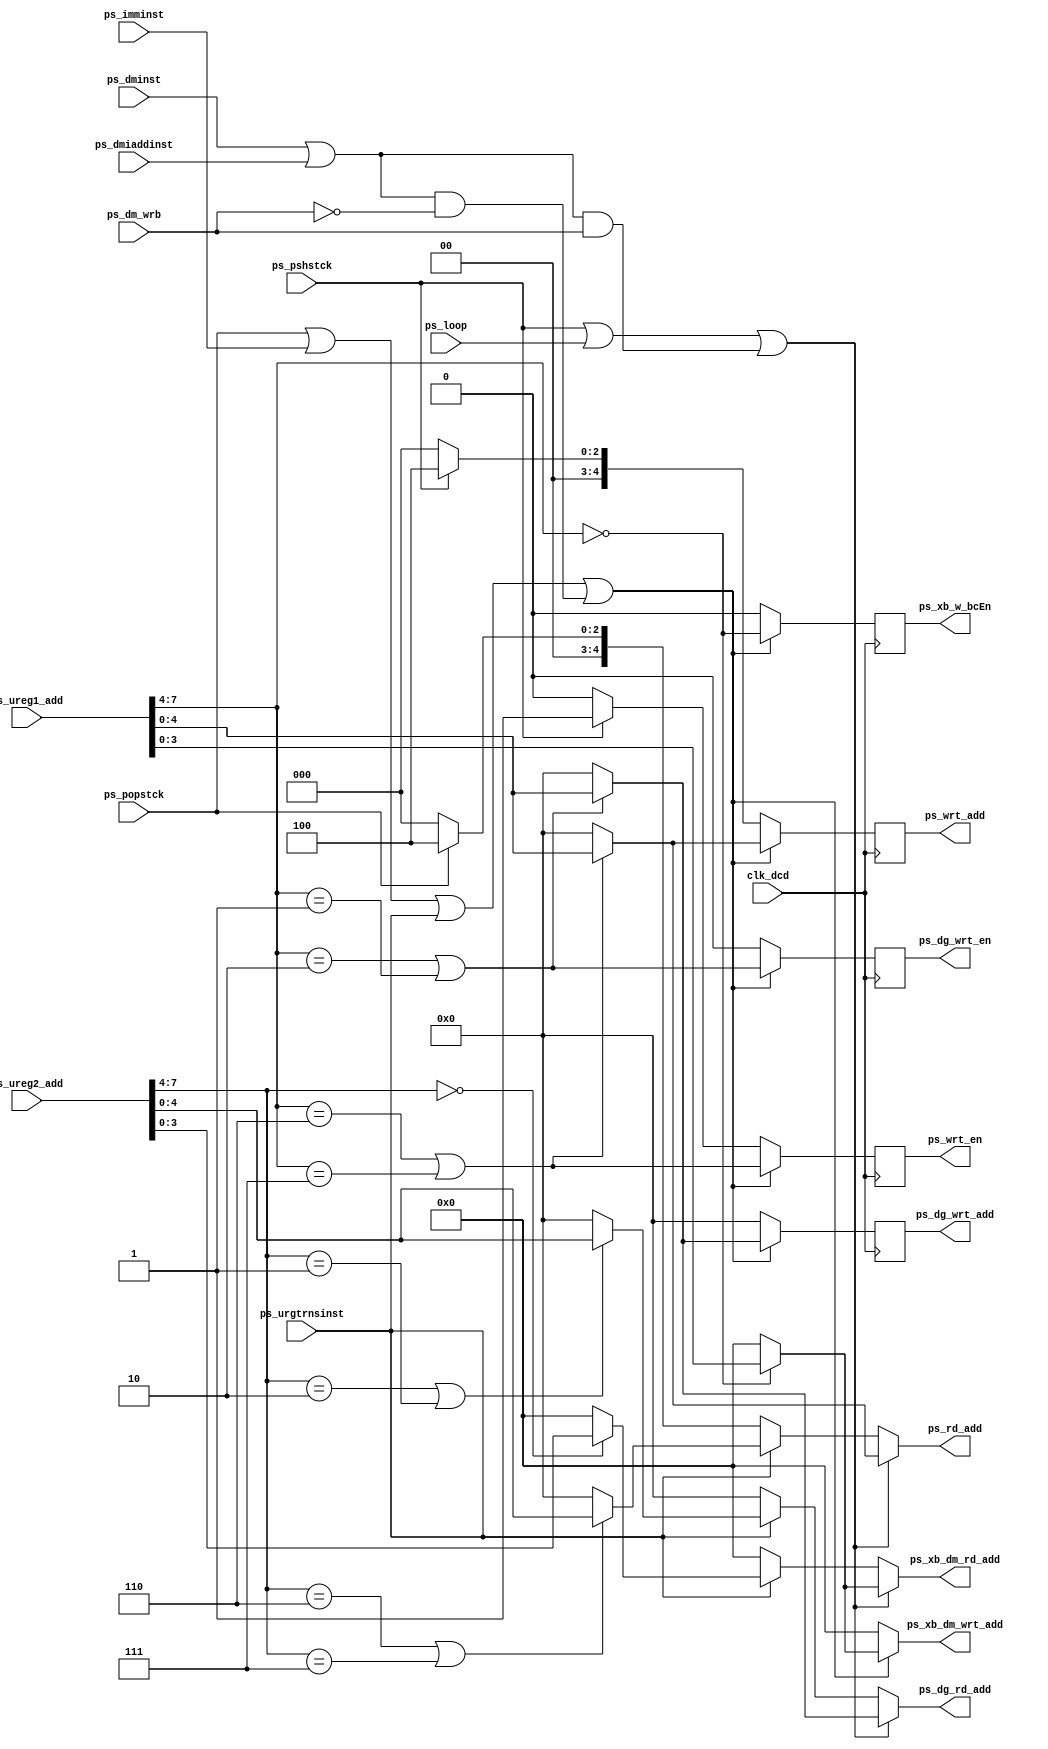
module ureg_add_dcdr(clk_dcd,ps_pshstck,ps_popstck,ps_imminst,ps_dminst,ps_dmiaddinst,ps_urgtrnsinst,ps_loop,ps_dm_wrb,ps_ureg1_add,ps_ureg2_add,ps_xb_w_bcEn,ps_dg_wrt_en,ps_wrt_en,ps_xb_dm_rd_add,ps_xb_dm_wrt_add,ps_dg_rd_add,ps_rd_add,ps_dg_wrt_add,ps_wrt_add);

input clk_dcd;
input ps_pshstck,ps_popstck,ps_imminst,ps_dminst,ps_dmiaddinst,ps_urgtrnsinst,ps_loop,ps_dm_wrb;
input[7:0] ps_ureg1_add,ps_ureg2_add;
output ps_xb_w_bcEn,ps_dg_wrt_en,ps_wrt_en;
output[3:0] ps_xb_dm_rd_add,ps_xb_dm_wrt_add;
output[4:0] ps_dg_rd_add,ps_rd_add,ps_dg_wrt_add,ps_wrt_add;

reg ps_xb_w_bcEn,ps_dg_wrt_en,ps_wrt_en;
reg[3:0] ps_xb_dm_rd_add,ps_xb_dm_wrt_add;
reg[4:0] ps_dg_rd_add,ps_rd_add,ps_dg_wrt_add,ps_wrt_add;

always@(*) begin
	
	if(ps_pshstck | ps_loop | ((ps_dminst | ps_dmiaddinst) & ps_dm_wrb)) begin

		if(ps_ureg1_add[7:4]==4'h0) begin
			ps_xb_dm_rd_add= ps_ureg1_add[3:0];
		end else begin
			ps_xb_dm_rd_add= 4'h0;
		end

		if( (ps_ureg1_add[7:4]==4'b0010) | (ps_ureg1_add[7:4]==4'b0001) ) begin
			ps_dg_rd_add= ps_ureg1_add[4:0];
		end else begin
			ps_dg_rd_add= 5'b00000;
		end

		if( (ps_ureg1_add[7:4]==4'b0110) | (ps_ureg1_add[7:4]==4'b0111) ) begin
			ps_rd_add= ps_ureg1_add[4:0];
		end else begin
			ps_rd_add= 5'b00000;
		end
	
	end else if(ps_urgtrnsinst) begin
	
		if(ps_ureg2_add[7:4]==4'h0) begin
			ps_xb_dm_rd_add= ps_ureg2_add[3:0];
		end else begin
			ps_xb_dm_rd_add= 4'h0;
		end

		if( (ps_ureg2_add[7:4]==4'b0010) | (ps_ureg2_add[7:4]==4'b0001) ) begin
			ps_dg_rd_add= ps_ureg2_add[4:0];
		end else begin
			ps_dg_rd_add= 5'b00000;
		end

		if( (ps_ureg2_add[7:4]==4'b0110) | (ps_ureg2_add[7:4]==4'b0111) ) begin
			ps_rd_add= ps_ureg2_add[4:0];
		end else begin
			ps_rd_add= 5'b00000;
		end
		
	end else if(ps_popstck) begin

		ps_rd_add= 5'b00100;
		ps_xb_dm_rd_add= 4'h0;
		ps_dg_rd_add= 5'b00000;
		
	end else begin
		ps_xb_dm_rd_add= 4'h0;
		ps_dg_rd_add= 5'b00000;
		ps_rd_add= 5'b00000;
	end
	
	if( ps_popstck | ps_imminst | ps_urgtrnsinst | ( (ps_dminst | ps_dmiaddinst) & !ps_dm_wrb ) ) begin
	
		if(ps_ureg1_add[7:4]==4'h0) begin
			ps_xb_dm_wrt_add= ps_ureg1_add[3:0];
		end else begin
			ps_xb_dm_wrt_add= 4'h0;
		end

	end else begin
		ps_xb_dm_wrt_add= 4'h0;		
	end
	
end

always@(posedge clk_dcd) begin

	if( ps_popstck | ps_imminst | ps_urgtrnsinst | ( (ps_dminst | ps_dmiaddinst ) & !ps_dm_wrb ) ) begin

		if( (ps_ureg1_add[7:4]==4'b0010) | (ps_ureg1_add[7:4]==4'b0001) ) begin
			ps_dg_wrt_add<= ps_ureg1_add[4:0];
		end else begin
			ps_dg_wrt_add<= 5'b00000;
		end

		if( (ps_ureg1_add[7:4]==4'b0110) | (ps_ureg1_add[7:4]==4'b0111) ) begin
			ps_wrt_add<= ps_ureg1_add[4:0];
		end else begin
			ps_wrt_add<= 5'b00000;
		end

		ps_xb_w_bcEn<= (ps_ureg1_add[7:4]==4'h0);
		ps_dg_wrt_en<= ( (ps_ureg1_add[7:4]==4'b0010) | (ps_ureg1_add[7:4]==4'b0001) );
		ps_wrt_en<= (ps_ureg1_add[7:4]==4'b0110) | (ps_ureg1_add[7:4]==4'b0111);

	end else if(ps_pshstck) begin
		ps_wrt_add<= 5'b00100;
		ps_dg_wrt_add<= 5'b00000;
		ps_xb_w_bcEn<= 1'b0;
		ps_dg_wrt_en<= 1'b0;
		ps_wrt_en<= 1'b1;	
	end else begin
		ps_dg_wrt_add<= 5'b00000;
		ps_wrt_add<= 5'b00000;
		ps_xb_w_bcEn<= 1'b0;
		ps_dg_wrt_en<= 1'b0;
		ps_wrt_en<= 1'b0;	
	end
	
end 

endmodule